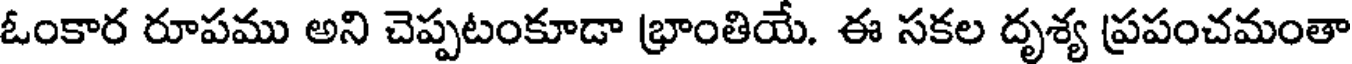
ఓంకార రూపము అని చెప్పటంకూడా భ్రాంతియే. ఈ సకల దృశ్య ప్రపంచమంతా